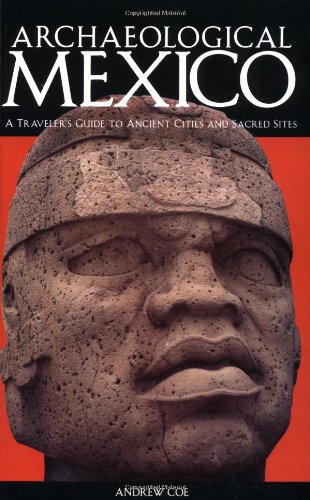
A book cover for Archaeological Mexico: A Guide to Ancient Cities and Sacred Sites; Andrew Coe; Travel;